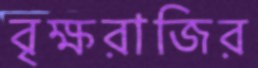
বৃক্ষরাজির